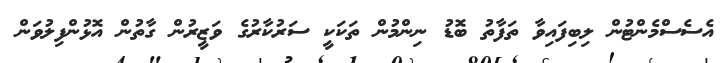
އެސެސްމެންޓުން ލިބިފައިވާ ތަފާތު ބޮޑު ނިންމުން ތަކަކީ ސަރުކާރުގެ ވަޒީރުން ގާތުން އޮޅުންފިލުވަން